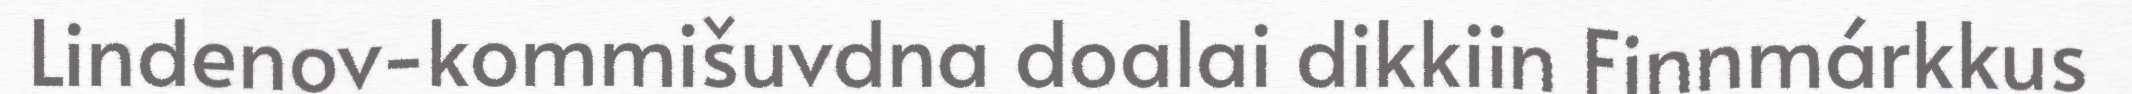
Lindenov-kommišuvdna doalai dikkiin Finnmárkkus